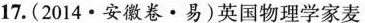
17.(2014 · 安徽卷·易)英国物理学家麦